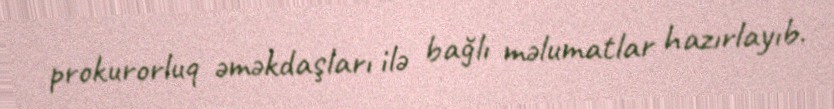
prokurorluq əməkdaşları ilə bağlı məlumatlar hazırlayıb.